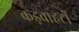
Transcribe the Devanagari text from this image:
कड़वाहटों